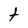
Character: t